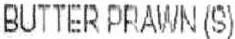
BUTTER PRAWN (S)